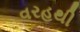
વરહથી